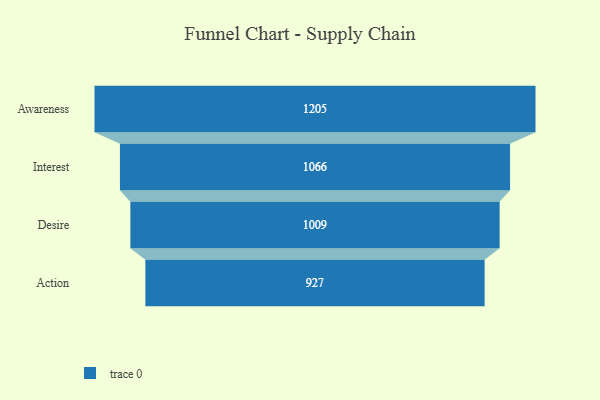
{"axis": {"x": "Stage", "y": "Value"}, "legend": [""], "data": [{"x": "Awareness", "y": 1205.0, "type": ""}, {"x": "Interest", "y": 1066.0, "type": ""}, {"x": "Desire", "y": 1009.0, "type": ""}, {"x": "Action", "y": 927.0, "type": ""}]}